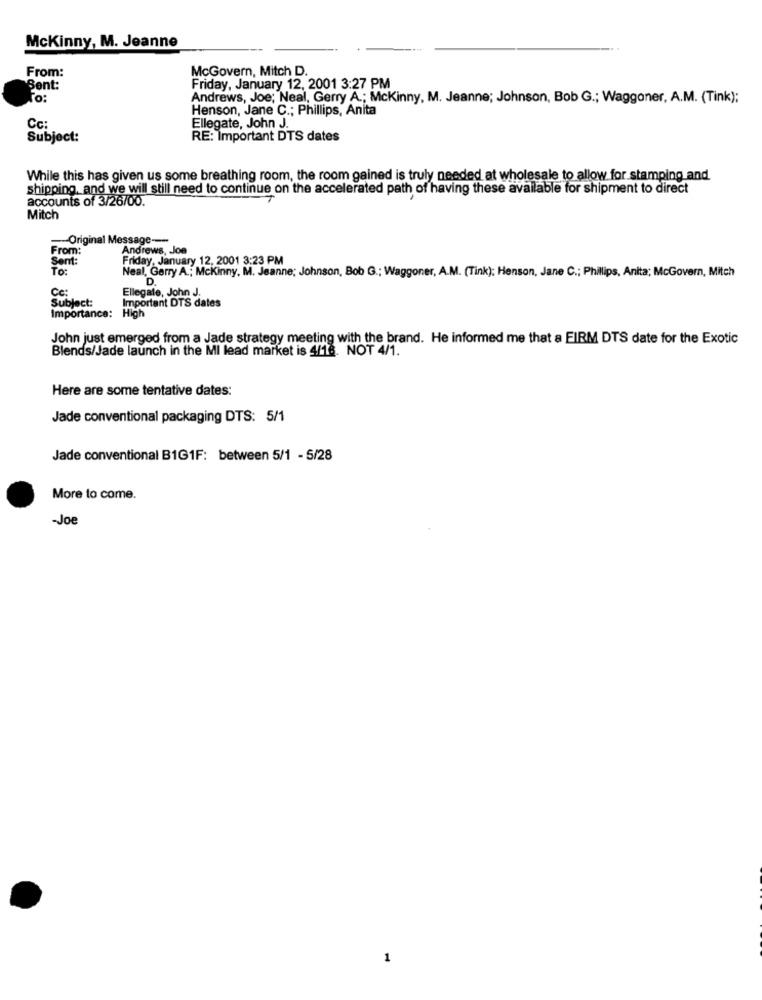
McKinny, M. Jeanne
From:
McGovern, Mitch D.
Sent:
Friday, January 12, 2001 3:27 PM
To:
Andrews, Joe; Neal, Gerry A .; Mckinny, M. Jeanne; Johnson, Bob G .; Waggoner, A.M. (Tink);
Henson, Jane C .; Phillips, Anita
Ellegate, John J.
Cc:
Subject:
RE: Important DTS dates
While this has given us some breathing room, the room gained is truly needed at wholesale to allow for stamping and
shipping, and we will still need to continue on the accelerated path of having these available for shipment to direct
accounts of 3/26/00.
Mitch
Original Message --
From:
Andrews, Joe
Sent:
Friday, January 12, 2001 3:23 PM
To:
Neal, Garry A .; Mckinny, M. Jeanne; Johnson, Bob G .; Waggoner, A.M. (Tink): Henson, Jane C .; Phillips, Anita; McGovern, Mitch
D.
Ca:
Ellegale, John J.
Subject:
Importance:
High
Important DTS dates
John just emerged from a Jade strategy meeting with the brand. He informed me that a FIRM DTS date for the Exotic
Blends/Jade launch in the MI lead market is 4/18. NOT 4/1.
Here are some tentative dates:
Jade conventional packaging DTS: 5/1
Jade conventional B1G1F: between 5/1 - 5/28
More to come.
-Jo
1